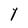
Character: Y